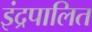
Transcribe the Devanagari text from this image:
इंद्रपालित